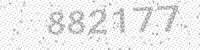
Solution: 882177